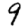
Digit: 9